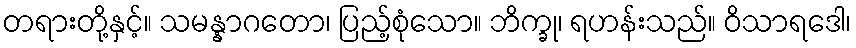
တရားတို့နှင့်။ သမန္နာဂတော၊ ပြည့်စုံသော။ ဘိက္ခု၊ ရဟန်းသည်။ ဝိသာရဒေါ၊